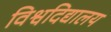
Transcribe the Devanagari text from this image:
विश्वदिद्यालय